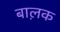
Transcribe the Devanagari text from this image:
बाल़क